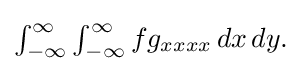
{\textstyle \int _{-\infty }^{\infty }\int _{-\infty }^{\infty }fg_{xxxx}\,dx\,dy.}